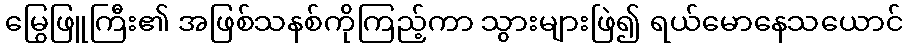
မြွေဖြူကြီး၏ အဖြစ်သနစ်ကိုကြည့်ကာ သွားများဖြဲ၍ ရယ်မောနေသယောင်